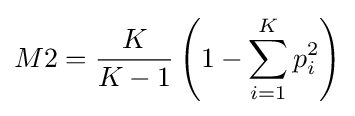
M2={\frac {K}{K-1}}\left(1-\sum _{i=1}^{K}p_{i}^{2}\right)